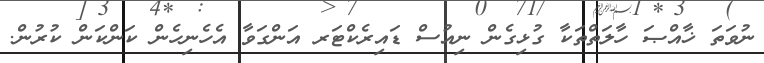
ނުވަތަ ޚާއްޞަ ހާލަތްތަކާ ގުޅިގެން ނިއުސް ޑައިރެކްޓަރ އަންގަވާ އެހެނިހެން ކަންކަން ކުރުން.